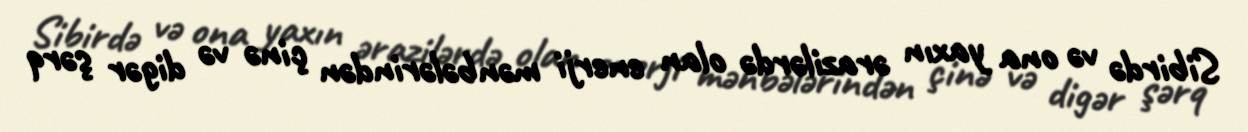
Sibirdə və ona yaxın ərazilərdə olan enerji mənbələrindən çinə və digər şərq